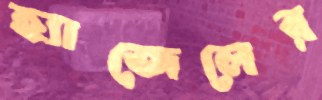
হ্যাজেলের